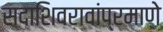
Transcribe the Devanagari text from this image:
सदाशिवरावांप्रमाणेे